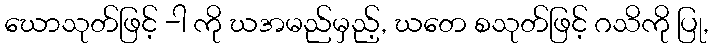
ဃောသုတ်ဖြင့် -ါ ကို ဃအမည်မှည့်, ဃတေ စသုတ်ဖြင့် ဂသိကို ပြု,